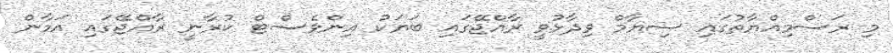
މި ރަސްމިއްޔާތުގައި ސިޔާމް ވިދާޅުވީ ރާއްޖޭގައި ބަޔަކު އިންވެސްޓް ކުރާނީ ރާއްޖޭގައި އަމާން